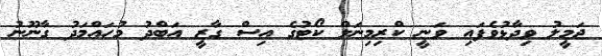
ޖަމީލު ވިދާޅުވެފައި ވަނީ ކްރިމިނަލް ކޯޓުގެ އިސް ގާޒީ އަބްދު މުހައްމަދު ގާނޫނު